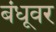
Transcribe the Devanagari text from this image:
बंधूवर